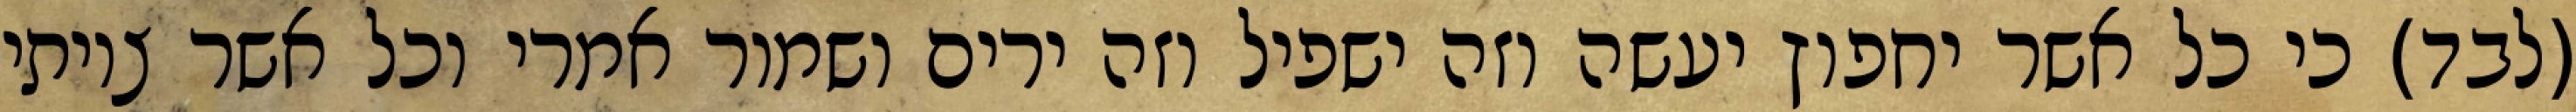
(לבד) כי כל אשר יחפוץ יעשה וזה ישפיל וזה ירים ושמור אמרי וכל אשר צויתי